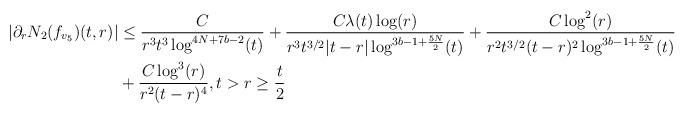
LaTeX: \begin{align*}|\partial_{r}N_{2}(f_{v_{5}})(t,r)| &\leq \frac{C}{r^{3} t^{3} \log^{4N+7b-2}(t)}+\frac{C \lambda(t) \log(r)}{r^{3} t^{3/2} |t-r| \log^{3b-1+\frac{5N}{2}}(t)} + \frac{C \log^{2}(r)}{r^{2} t^{3/2}(t-r)^{2} \log^{3b-1+\frac{5N}{2}}(t)}\\&+ \frac{C \log^{3}(r)}{r^{2}(t-r)^{4}}, t> r \geq \frac{t}{2}\end{align*}